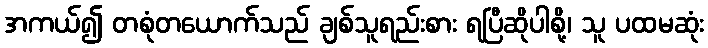
အကယ်၍ တစုံတယောက်သည် ချစ်သူရည်းစား ရပြီဆိုပါစို့၊ သူ ပထမဆုံး